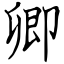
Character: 卿